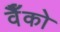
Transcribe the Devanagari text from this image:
वैँको